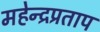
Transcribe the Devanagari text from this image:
महेन्द्रप्रताप